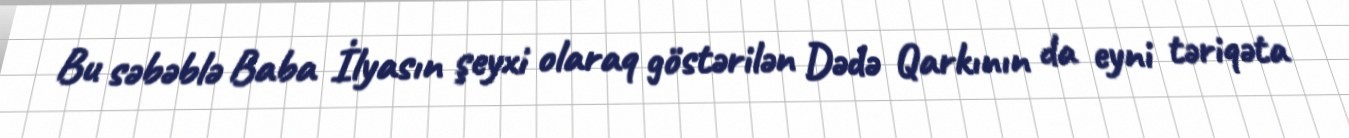
Bu səbəblə Baba İlyasın şeyxi olaraq göstərilən Dədə Qarkının da eyni təriqəta